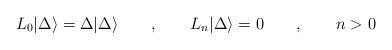
LaTeX: \begin{align*}L_{0}|\Delta \rangle =\Delta |\Delta \rangle \qquad ,\qquad L_{n}|\Delta \rangle =0\qquad ,\qquad n>0\end{align*}